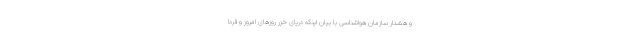
و هشدار سازمان هواشناسی با بیان اینکه دریای خزر روزهای امروز و فردا